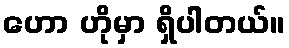
ဟော ဟိုမှာ ရှိပါတယ်။